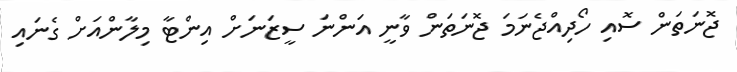
ޖޮނަތަން ސޮއި ހޯދިއްޖެނަމަ ޖޮނަތަން ވާނީ އަންނަ ސީޒަނަށް އިންޓާ މިލާންއަށް ގެނައި